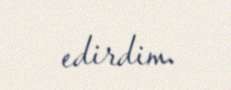
edirdim.